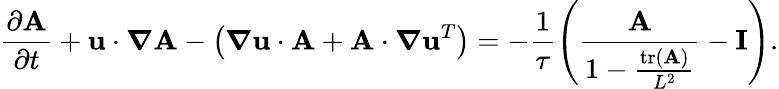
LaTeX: \frac{\partial\mathbf{A}}{\partial t}+\mathbf{u}\cdot\boldsymbol{\nabla}\mathbf{A}-\left(\boldsymbol{\nabla}\mathbf{u}\cdot\mathbf{A}+\mathbf{A}\cdot\boldsymbol{\nabla}\mathbf{u}^{T}\right)=-\frac{1}{\tau}\left(\frac{\mathbf{A}}{1-\frac{\operatorname{tr}(\mathbf{A})}{L^{2}}}-\mathbf{I}\right).